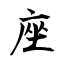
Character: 座